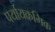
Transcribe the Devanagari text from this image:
पर्यायक्रमिक